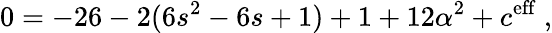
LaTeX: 0=-26-2(6s^{2}-6s+1)+1+12\alpha^{2}+c^{\mathrm{eff}}\ ,